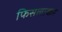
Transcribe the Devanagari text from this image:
फिसलाकर